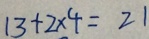
1 3 + 2 \times 4 = 2 1